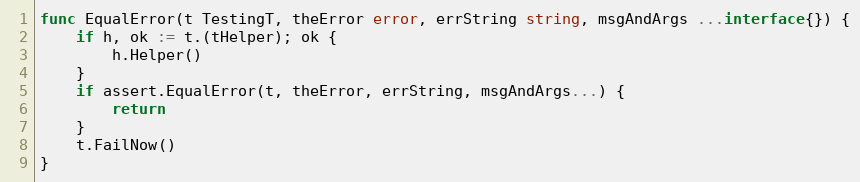
Language: Go
func EqualError(t TestingT, theError error, errString string, msgAndArgs ...interface{}) {
	if h, ok := t.(tHelper); ok {
		h.Helper()
	}
	if assert.EqualError(t, theError, errString, msgAndArgs...) {
		return
	}
	t.FailNow()
}